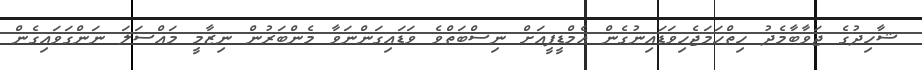
ޝާހިދުގެ ޖަވާބާމެދު ހިތްހަމަޖެހިވަޑައިނުގެން އެމްޑީޕީއަށް ނިސްބަތްވެ ވަޑައިގަންނަވާ މެންބަރުން ނިޒާމީ މައްސަލަ ނަންގަވައިގެން